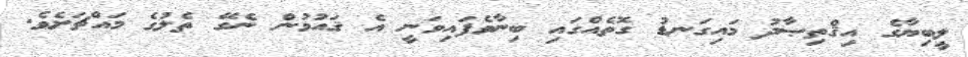
ލީބިޔާގެ އިޤްތިޞާދު މައިގަނޑު ގޮތެއްގައި ބިނާވެފައިވަނީ އެ ޤައުމުން ނެގޭ ތެލުގެ މައްޗަށެވެ.